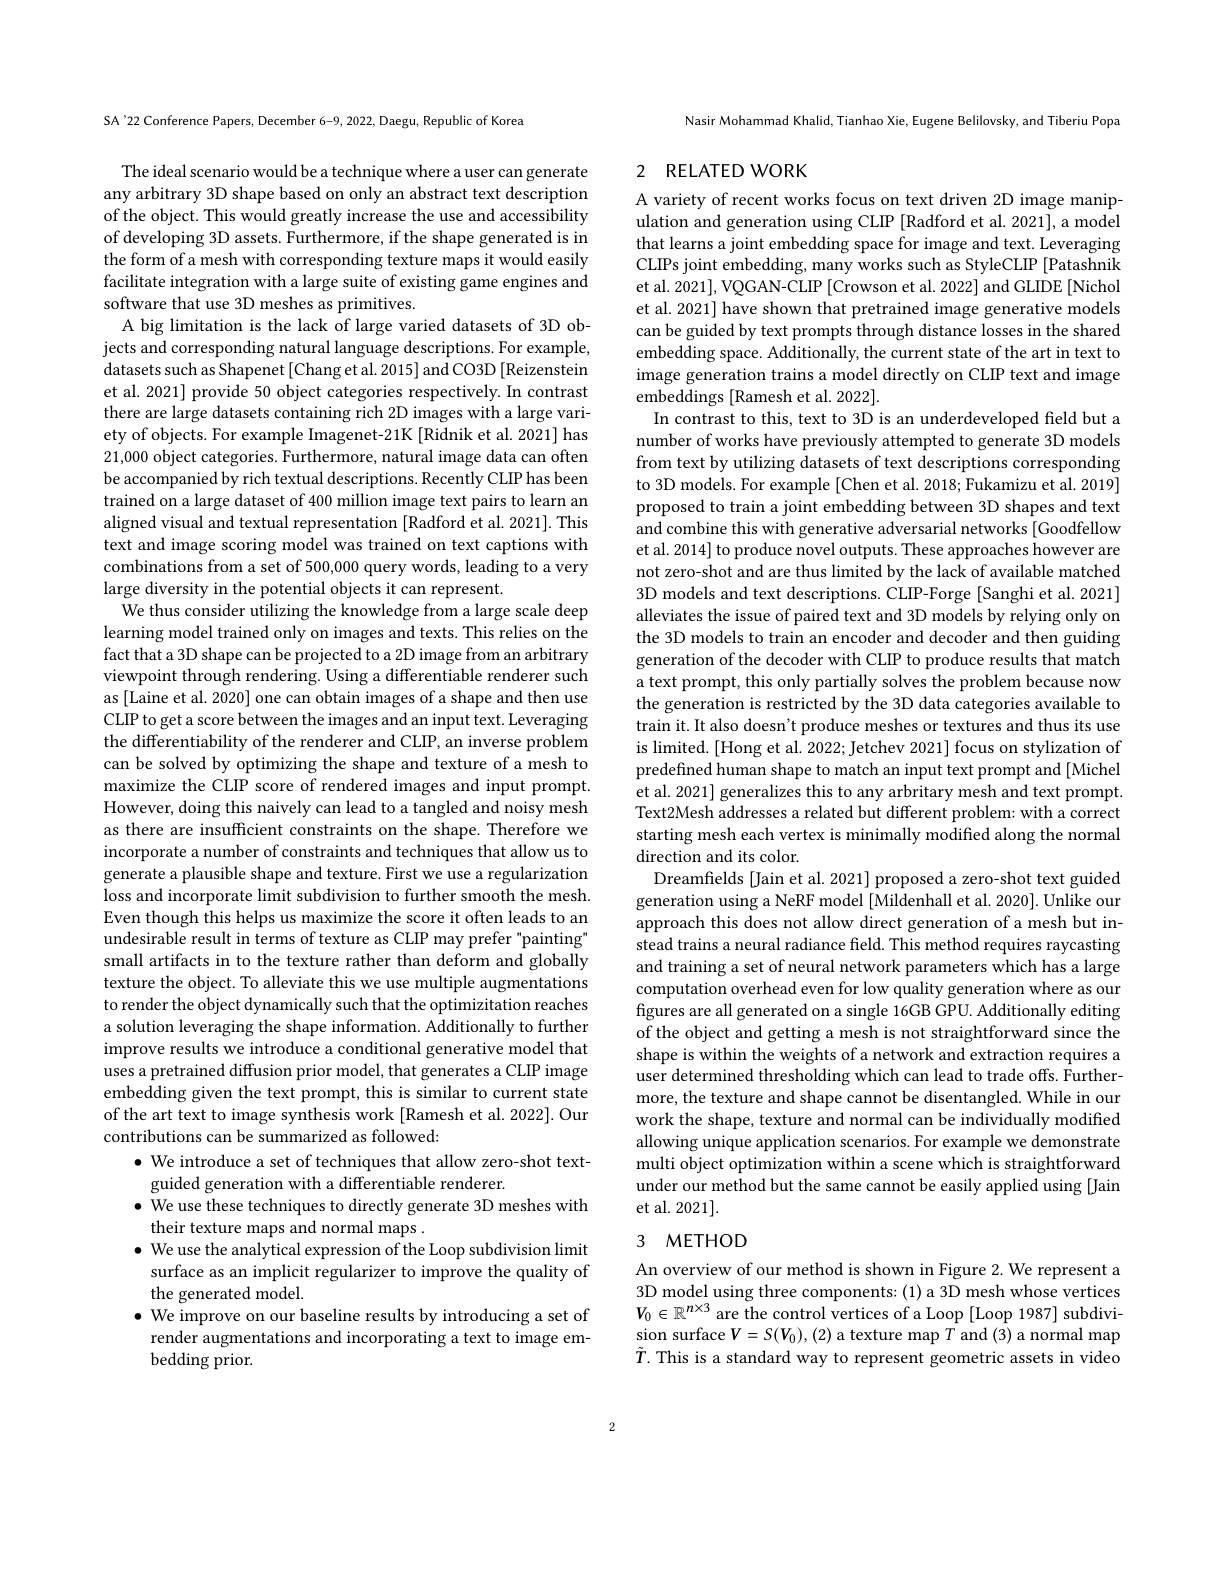
SA'22 Conference Papers, December 6-9, 2022, Daegu, Republic of Korea

The ideal scenario would be a technique where a user can generate any arbitrary 3D shape based on only an abstract text description of the object. This would greatly increase the use and accessibility of developing 3D assets. Furthermore, if the shape generated is in the form of a mesh with corresponding texture maps it would easily facilitate integration with a large suite of existing game engines and software that use 3D meshes as primitives.
A big limitation is the lack of large varied datasets of 3D objects and corresponding natural language descriptions. For example, datasets such as Shapenet [Chang et al. 2015] and CO3D [Reizenstein et al. 2021] provide 50 object categories respectively. In contrast there are large datasets containing rich 2D images with a large variety of objects. For example Imagenet-21K [Ridnik et al. 2021] has 21,000 object categories. Furthermore, natural image data can often be accompanied by rich textual descriptions. Recently CLIP has been trained on a large dataset of 400 million image text pairs to learn an aligned visual and textual representation [Radford et al. 2021]. This text and image scoring model was trained on text captions with combinations from a set of 500,000 query words, leading to a very large diversity in the potential objects it can represent.
We thus consider utilizing the knowledge from a large scale deep learning model trained only on images and texts. This relies on the fact that a 3D shape can be projected to a 2D image from an arbitrary viewpoint through rendering. Using a differentiable renderer such as [Laine et al. 2020] one can obtain images of a shape and then use CLIP to get a score between the images and an input text. Leveraging the differentiability of the renderer and CLIP, an inverse problem can be solved by optimizing the shape and texture of a mesh to maximize the CLIP score of rendered images and input prompt. However, doing this naively can lead to a tangled and noisy mesh as there are insufficient constraints on the shape. Therefore we incorporate a number of constraints and techniques that allow us to $\dot{\text{generate a plausible shape and texture. First we use a regularization}}$ loss and incorporate limit subdivision to further smooth the mesh. Even though this helps us maximize the score it often leads to an undesirable result in terms of texture as CLIP may prefer "painting" small artifacts in to the texture rather than deform and globally texture the object. To alleviate this we use multiple augmentations to render the object dynamically such that the optimizitation reaches a solution leveraging the shape information. Additionally to further improve results we introduce a conditional generative model that uses a pretrained diffusion prior model, that generates a CLIP image embedding given the text prompt, this is similar to current state of the art text to image synthesis work [Ramesh et al.2022]. Our contributions can be summarized as followed:
$\bullet$ We introduce a set of techniques that allow zero-shot text-
guided generation with a differentiable renderer.
$\bullet$ We use these techniques to directly generate 3D meshes with
their texture maps and normal maps .
$\bullet$ We use the analytical expression of the Loop subdivision limit surface as an implicit regularizer to improve the quality of the generated model.
$\bullet$ We improve on our baseline results by introducing a set of render augmentations and incorporating a text to image embedding prior.

Nasir Mohammad Khalid, Tianhao Xie, Eugene Belilovsky, and Tiberiu Popa

### 2 RELATED WORK

A variety of recent works focus on text driven 2D image manipulation and generation using CLIP [Radford et al. 2021], a model that learns a joint embedding space for image and text. Leveraging CLIPs joint embedding, many works such as StyleCLIP [Patashnik] et al. 2021], VQGAN-CLIP [Crowson et al. 2022] and GLIDE [Nichol et al. 2021] have shown that pretrained image generative models can be guided by text prompts through distance losses in the shared embedding space. Additionally, the current state of the art in text to image generation trains a model directly on CLIP text and image embeddings [Ramesh et al. 2022].
In contrast to this, text to 3D is an underdeveloped field but a number of works have previously attempted to generate 3D models from text by utilizing datasets of text descriptions corresponding to 3D models. For example [Chen et al. 2018; Fukamizu et al. 2019] proposed to train a joint embedding between 3D shapes and text and combine this with generative adversarial networks [Goodfellow et al. 2014] to produce novel outputs. These approaches however are not zero-shot and are thus limited by the lack of available matched 3D models and text descriptions. CLIP-Forge [Sanghi et al. 2021] alleviates the issue of paired text and 3D models by relying only on the 3D models to train an encoder and decoder and then guiding generation of the decoder with CLIP to produce results that match a text prompt, this only partially solves the problem because now the generation is restricted by the 3D data categories available to train it. It also doesn't produce meshes or textures and thus its use is limited. [Hong et al. 2022; Jetchev 2021] focus on stylization of predefined human shape to match an input text prompt and [Michel et al. 2021] generalizes this to any arbritary mesh and text prompt Text2Mesh addresses a related but different problem: with a correct starting mesh each vertex is minimally modified along the normal direction and its color.
Dreamfields [Jain et al. 2021] proposed a zero-shot text guided generation using a NeRF model [Mildenhall et al. 2020]. Unlike our approach this does not allow direct generation of a mesh but instead trains a neural radiance field. This method requires raycasting and training a set of neural network parameters which has a large computation overhead even for low quality generation where as our figures are all generated on a single 16GB GPU. Additionally editing of the object and getting a mesh is not straightforward since the shape is within the weights of a network and extraction requires a user determined thresholding which can lead to trade offs. Furthermore, the texture and shape cannot be disentangled. While in our work the shape, texture and normal can be individually modified allowing unique application scenarios. For example we demonstrate multi object optimization within a scene which is straightforward under our method but the same cannot be easily applied using [Jain et al. 2021].
3 $METHOD$

An overview of our method is shown in Figure 2. We represent a 3D model using three components: (1) a 3D mesh whose vertices $V_0\in\mathbb{R}^{n\times3}$ are the control vertices of a Loop [Loop 1987] subdivision surface$V=S(V_0),(2)$ a texture map $T$ and (3) a normal map $\tilde{T}.$ This is a standard way to represent geometric assets in video